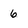
Character: 6